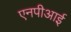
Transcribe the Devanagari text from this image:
एनपीआई